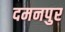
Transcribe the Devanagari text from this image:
दमनपुर